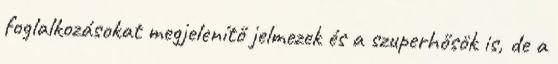
foglalkozásokat megjelenítő jelmezek és a szuperhősök is, de a